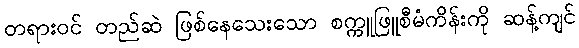
တရားဝင် တည်ဆဲ ဖြစ်နေသေးသော စက္ကူဖြူစီမံကိန်းကို ဆန့်ကျင်